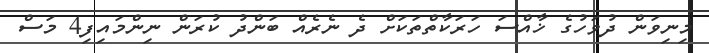
މިނިވަން ދުވަހުގެ ޚާއްސަ ހަރަކާތްތަކަށް ދެ ނެރެއް ބަންދު ކުރަން ނިންމައިފި4 މަސް